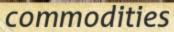
commodities